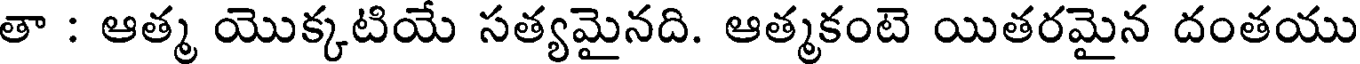
తా : ఆత్మ యొక్కటియే సత్యమైనది. ఆత్మకంటె యితరమైన దంతయు